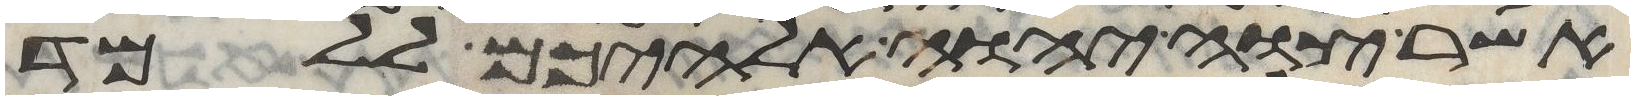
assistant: אשר צוה יהוה אלהיכם ללמד